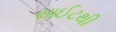
સાઈટથી